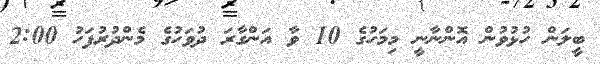
ބީލަން ހުޅުވުން އޮންނާނީ މިމަަހުގެ 10 ވާ އަންގާރަ ދުވަހުގެ މެންދުރުފަހު 2:00